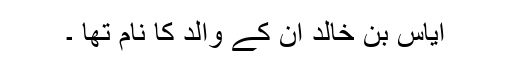
اِیَاس بن خَالِد ان کے والد کا نام تھا ۔